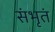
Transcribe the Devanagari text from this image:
संभृतं